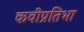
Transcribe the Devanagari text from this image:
कवीप्रतिभा